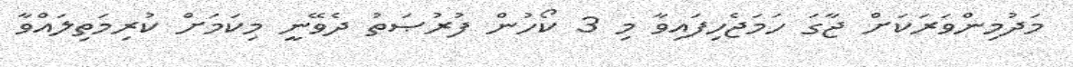
މަދުމިންވަރަކަށް ޖާގަ ހަމަޖެހިފައިވާ މި 3 ކޯހުން ފުރުޞަތު ދެވޭނީ މިކަމަށް ކުރިމަތިލައްވާ